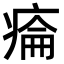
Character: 𤷔